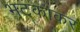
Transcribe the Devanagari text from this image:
भटकाकर